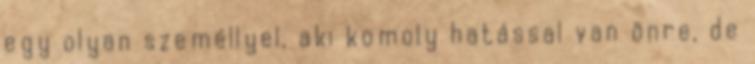
egy olyan személlyel, aki komoly hatással van önre, de